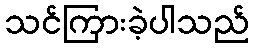
သင်ကြားခဲ့ပါသည်